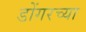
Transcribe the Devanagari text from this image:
डोंगरच्या